Senior Leaving Certificate Examination (including Day School Certificate (Higher) General paper), 1946
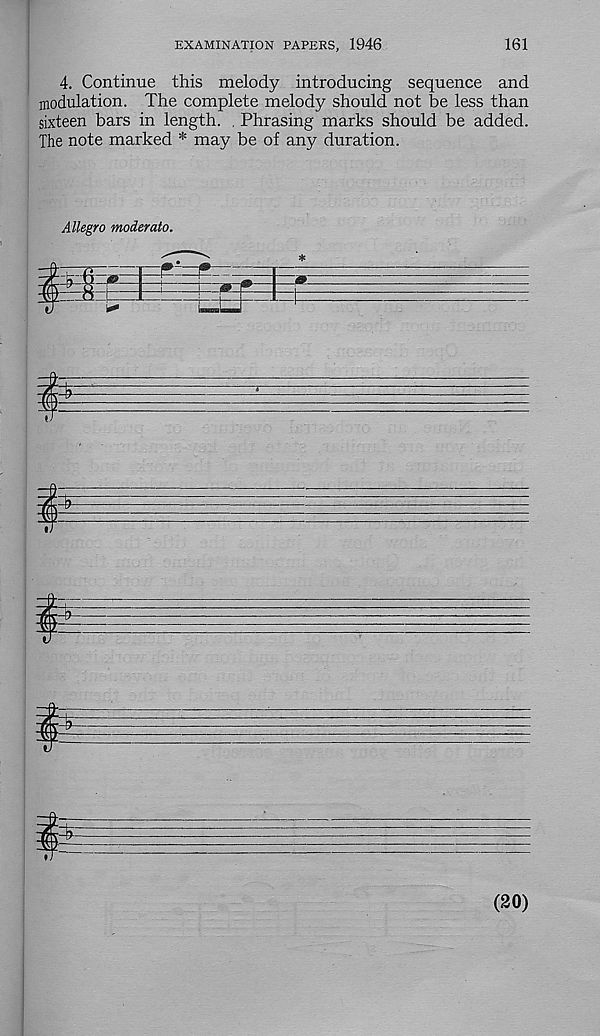
EXAMINATION PAPERS, 1946
161
4. Continue this melody introducing sequence and
modulation. The complete melody should not be less than
sixteen bars in length. . Phrasing marks should be added.
The note marked * may be of any duration.
Allegro moderate.
(20)